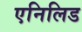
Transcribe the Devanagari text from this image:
एनिलिड